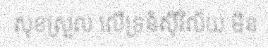
សុខស្រួល លើទ្រនំស៊ីវិល័យ មិន